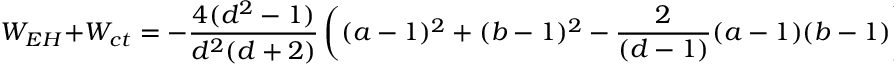
W _ { E H } + W _ { c t } = - { \frac { 4 ( d ^ { 2 } - 1 ) } { d ^ { 2 } ( d + 2 ) } } \left( ( a - 1 ) ^ { 2 } + ( b - 1 ) ^ { 2 } - { \frac { 2 } { ( d - 1 ) } } ( a - 1 ) ( b - 1 ) \right) r ^ { d - 2 } \Sigma _ { d - 1 } ~ ~ .